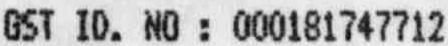
GST ID. NO : 000181747712